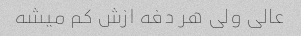
عالی ولی هر دفه ازش کم میشه